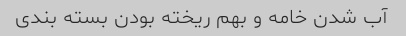
آب شدن خامه و بهم ریخته بودن بسته بندی